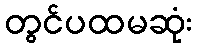
တွင်ပထမဆုံး